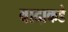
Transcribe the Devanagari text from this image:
वादाकडे